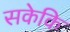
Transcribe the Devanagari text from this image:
सकेकि